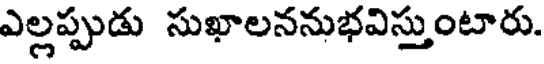
ఎల్లప్పుడు సుఖాలననుభవిస్తుంటారు.